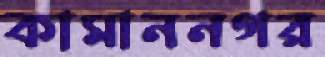
কামাননগর